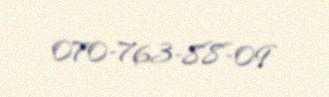
070-763-88-09